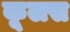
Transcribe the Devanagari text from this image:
कूलस